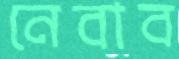
নেবাব